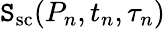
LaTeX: \mathtt{S}_{\mathrm{{sc}}}(P_{n},t_{n},\tau_{n})